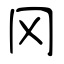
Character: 冈